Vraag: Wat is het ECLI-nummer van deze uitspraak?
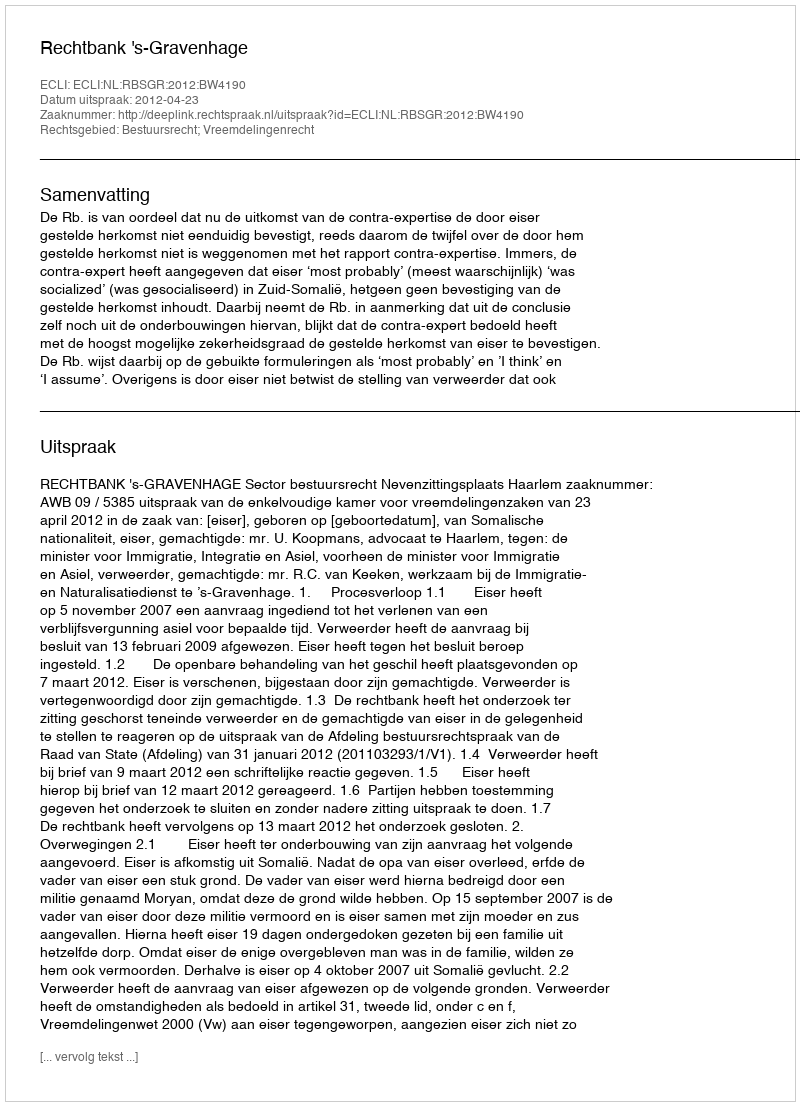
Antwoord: ECLI:NL:RBSGR:2012:BW4190